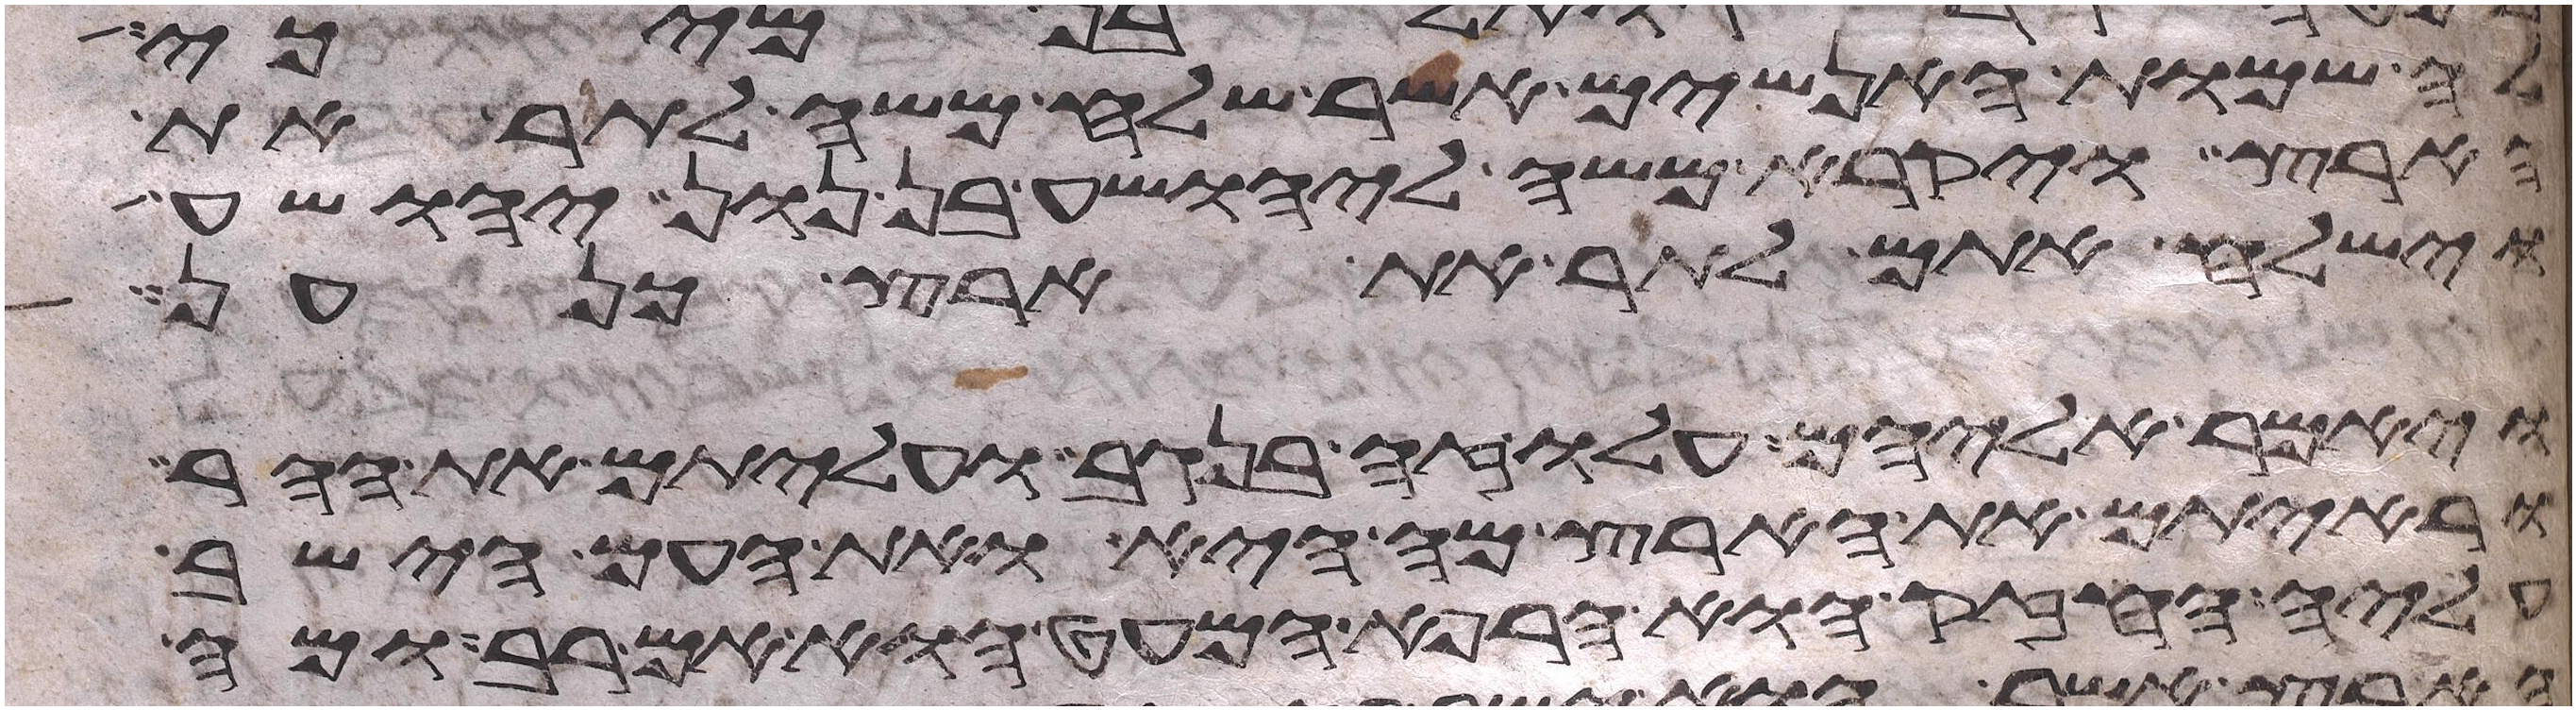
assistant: אלה שמות האנשים אשר שלח משה לתור את
הארץ ויקרא משה ליהושע בן נון יהושע
וישלח אתם לתור את ארץ כנען
ויאמר אליהם עלו זה בנגב ועליתם את ההר
וראיתם את הארץ מה היא ואת העם הישב
עליה החזק או הרפא המעט הוא אם רב ומה